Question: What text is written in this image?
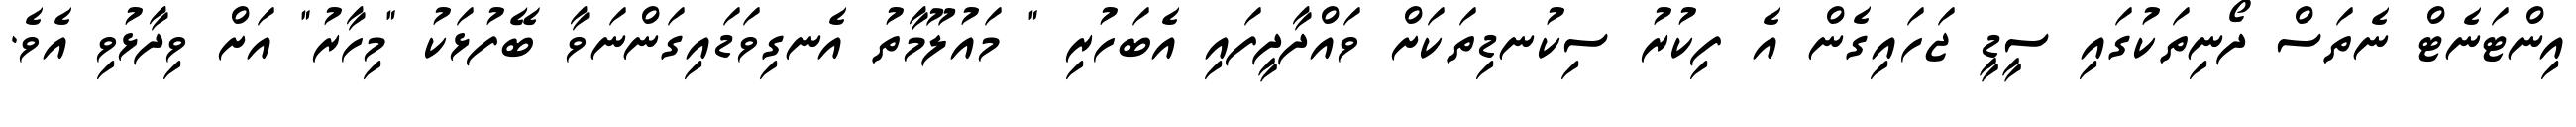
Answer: އިންޓަނެޓް ނެތަސް ދޯނިތަކުގައި ސީޑީ ޖަހައިގެން އެ ފިކުރު ސިކުނޑިތަކަށް ވައްދާދީފައި އެބަހުރި " މައުލޫމާތު އެނގިވަޑައިގަންނަވާ ބޭފުޅަކު "މިހާރު" އަށް ވިދާޅުވި އެވެ.